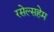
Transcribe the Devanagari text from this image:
रसेल्सहेम